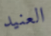
العنيد